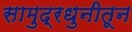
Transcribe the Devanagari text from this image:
सामुद्रधुनीतून